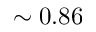
\sim 0 . 8 6